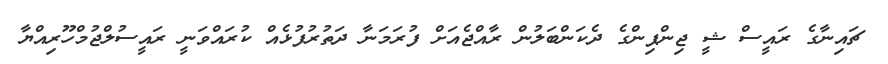
ޗައިނާގެ ރައީސް ޝީ ޖިންޕިންގެ ދެކަންބަލުން ރާއްޖެއަށް ފުރަމަނާ ދަތުރުފުޅެއް ކުރައްވަނީ ރައީސުލްޖުމްހޫރިއްޔާ